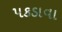
પકડાવા